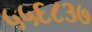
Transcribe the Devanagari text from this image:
५५६८३७